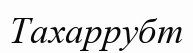
Тахаррубт